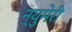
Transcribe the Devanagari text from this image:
न्युमेरी